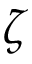
\boldsymbol { \zeta }